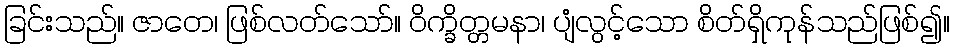
ခြင်းသည်။ ဇာတေ၊ ဖြစ်လတ်သော်။ ဝိက္ခိတ္တမနာ၊ ပျံလွင့်သော စိတ်ရှိကုန်သည်ဖြစ်၍။